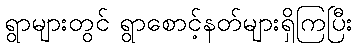
ရွာများတွင် ရွာစောင့်နတ်များရှိကြပြီး